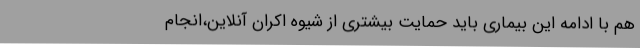
هم با ادامه این بیماری باید حمایت بیشتری از شیوه اکران آنلاین،انجام